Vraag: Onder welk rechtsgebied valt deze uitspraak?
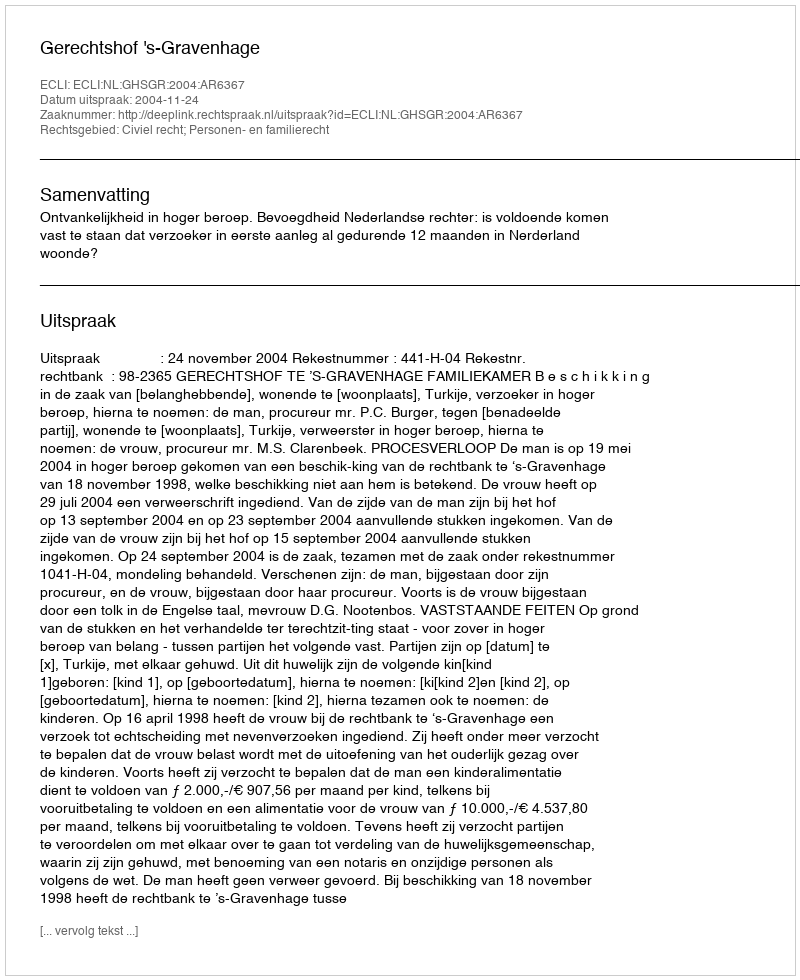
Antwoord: Civiel recht; Personen- en familierecht